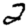
Digit: 2